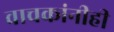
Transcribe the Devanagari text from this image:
वाचकांनीही